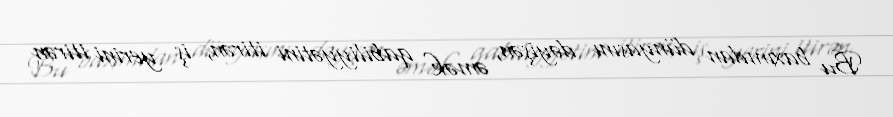
Bu baxımdan dünyasını dəyişən, əmək qabiliyyətini itirən, iş yerini itirən